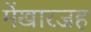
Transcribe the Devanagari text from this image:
मेंखारजह